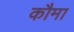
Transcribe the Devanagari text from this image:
कौमा